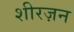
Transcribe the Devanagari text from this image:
शीरज़न